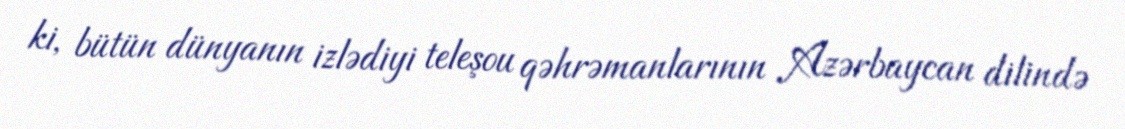
ki, bütün dünyanın izlədiyi teleşou qəhrəmanlarının Azərbaycan dilində